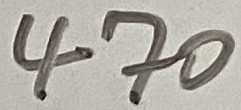
Text: 470